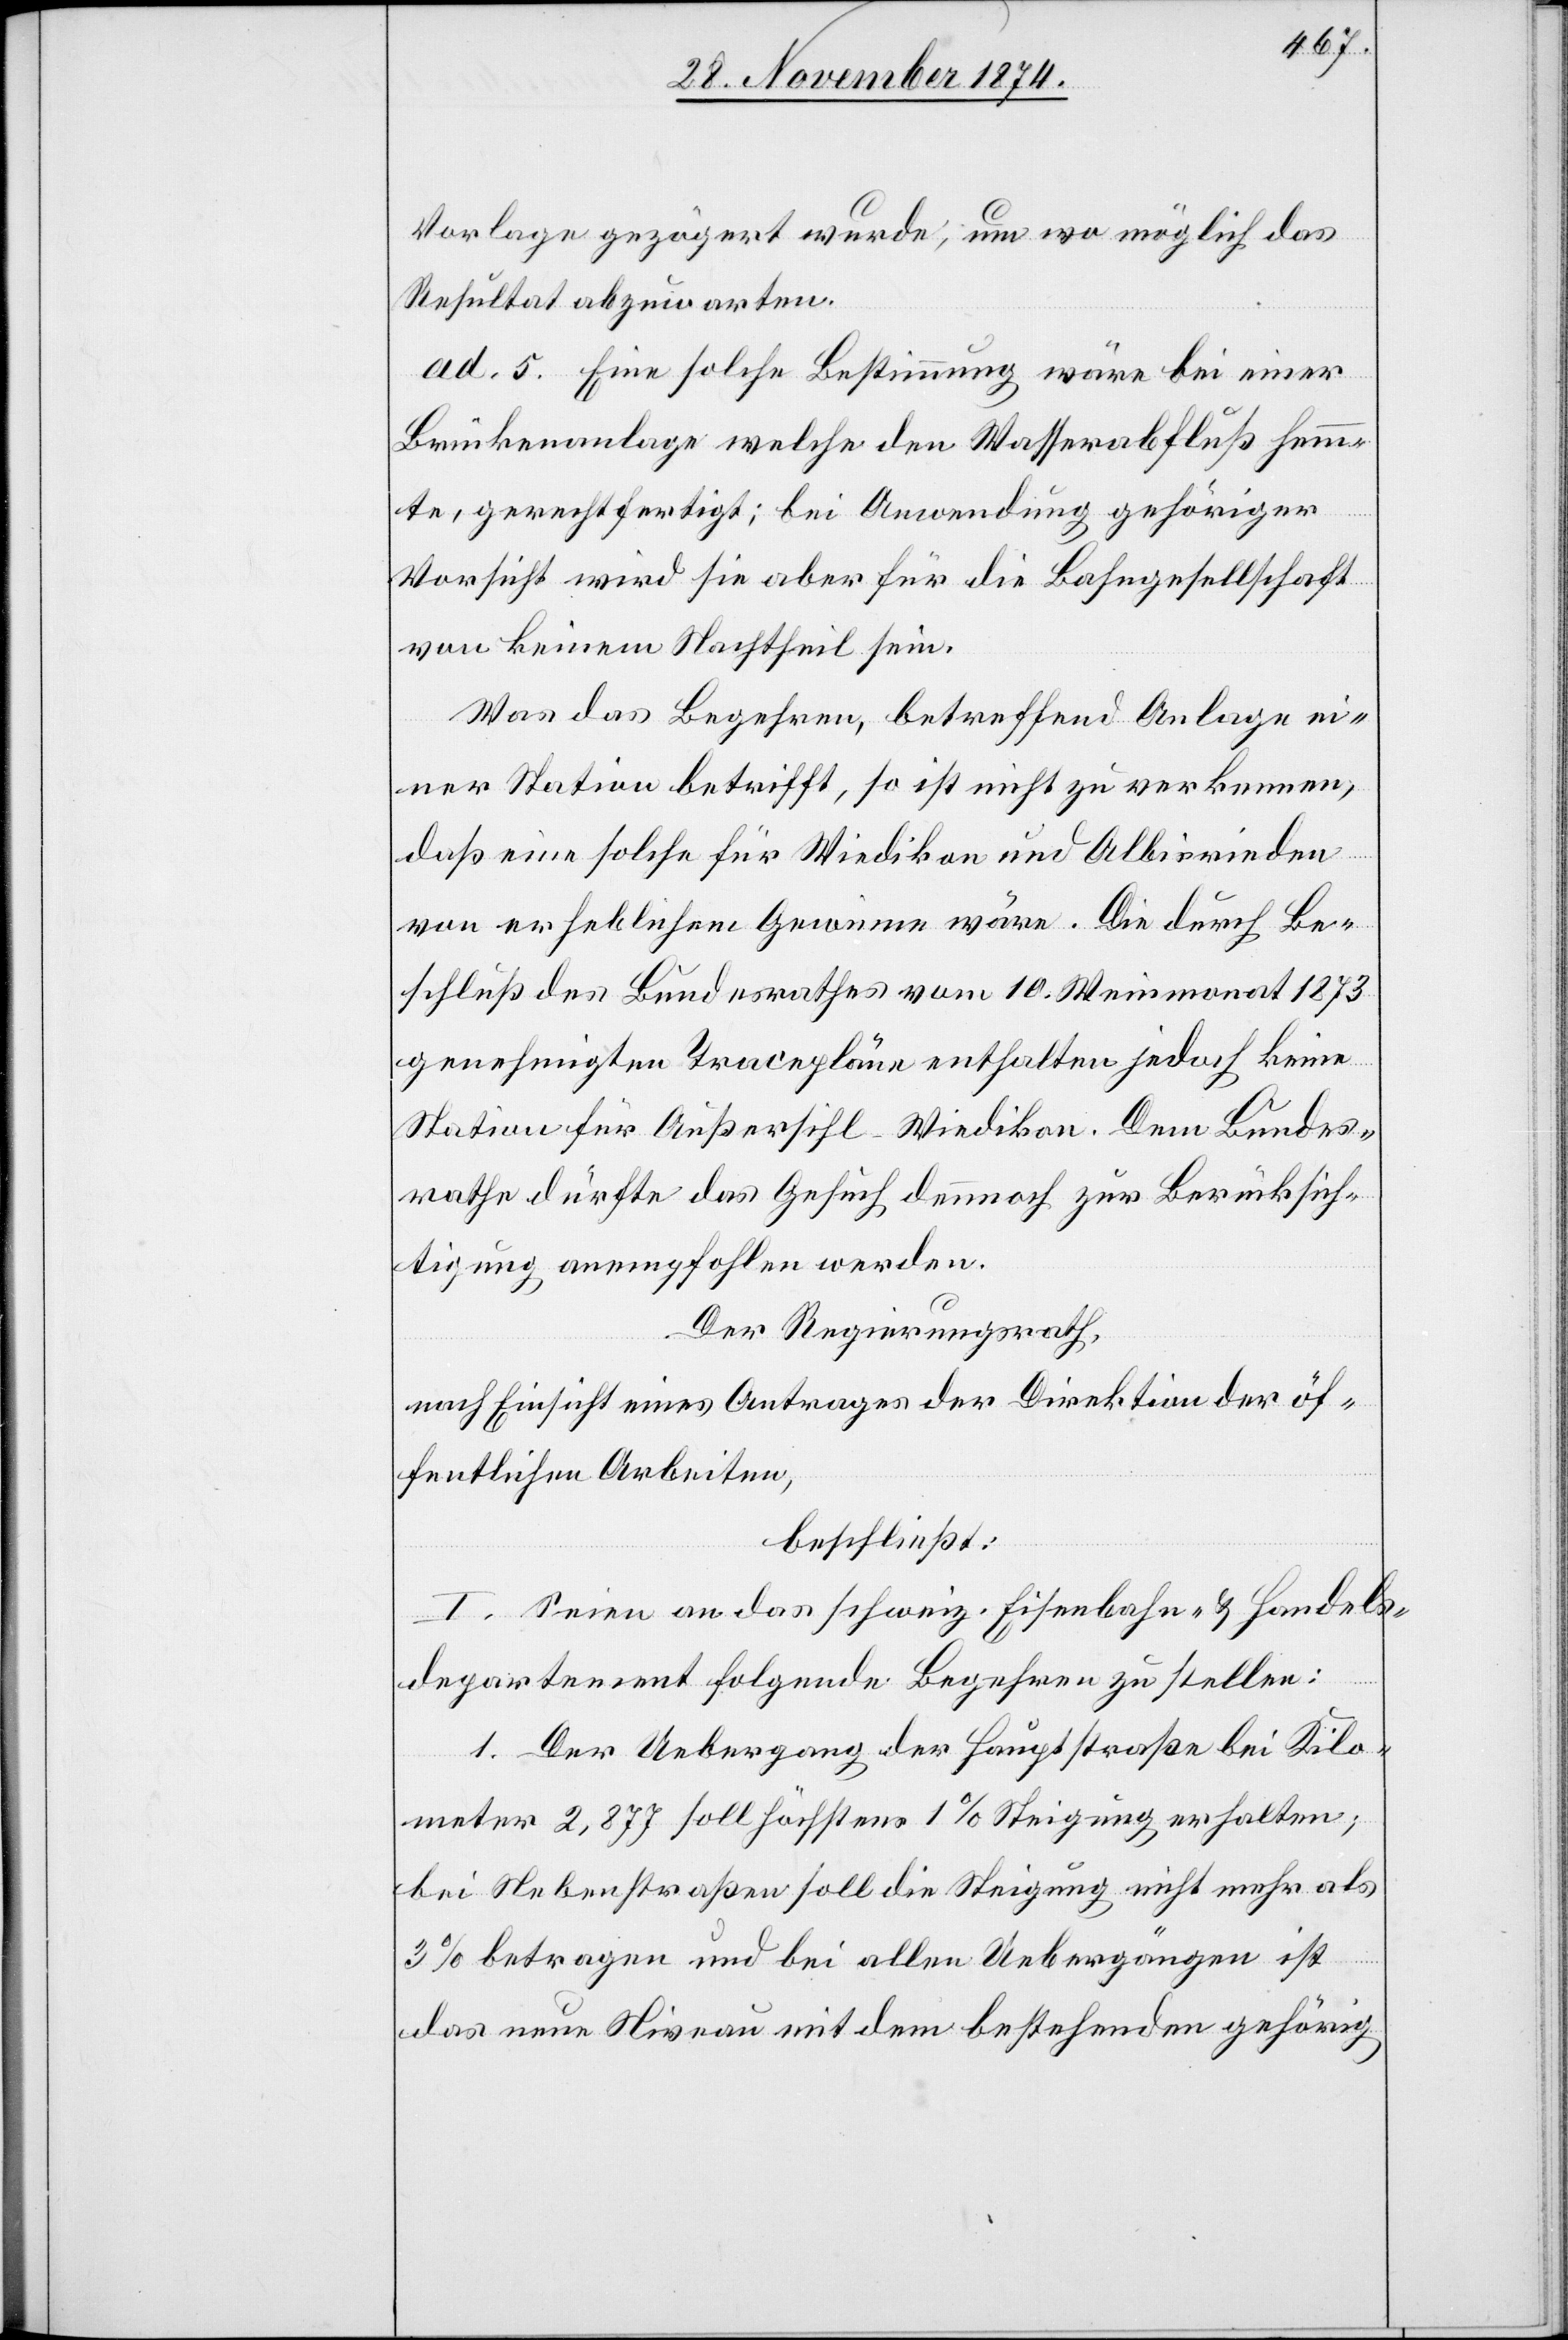
Vorlage gezögert wurde, um wo möglich das
Resultat abzuwarten.
ad 5. Eine solche Bestimmung wäre bei einer
Brückenanlage welche den Wasserabfluß hemm¬
te, gerechtfertigt; bei Anwendung gehöriger
Vorsicht wird sie aber für die Bahngesellschaft
von keinem Nachtheil sein.
Was das Begehren, betreffend Anlage ei¬
ner Station betrifft, so ist nicht zu verkennen,
daß eine solche für Wiedikon und Albisrieden
von erheblichem Gewinne wäre. Die durch Be¬
schluß des Bundesrathes vom 10. Weinmonat 1873
genehmigten Tracepläne enthalten jedoch keine
Station für Außersihl-Wiedikon. Dem Bundes¬
rathe dürfte das Gesuch dennoch zur Berücksich¬
tigung anempfohlen werden.
Der Regierungsrath,
nach Einsicht eines Antrages der Direktion der öf¬
fentlichen Arbeiten,
beschließt:
I. Seien an das schweiz. Eisenbahn- & Handels¬
departement folgende Begehren zu stellen:
1. Der Uebergang der Hauptstraße bei Kilo¬
meter 2,877 soll höchstens 1% Steigung erhalten;
bei Nebenstraßen soll die Steigung nicht mehr als
3% betragen und bei allen Uebergängen ist
das neue Niveau mit dem bestehenden gehörig